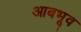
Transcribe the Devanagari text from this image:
आबभूव